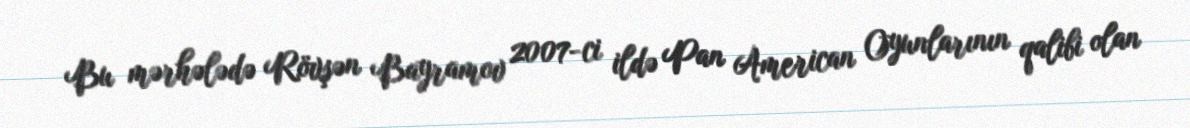
Bu mərhələdə Rövşən Bayramov 2007-ci ildə Pan American Oyunlarının qalibi olan